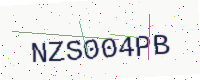
Text: NZS004PB